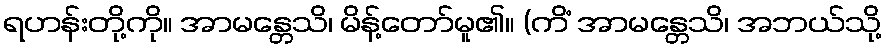
ရဟန်းတို့ကို။ အာမန္တေသိ၊ မိန့်တော်မူ၏။ (ကိံ အာမန္တေသိ၊ အဘယ်သို့